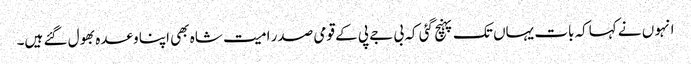
انہو ں نے کہاکہ بات یہاں تک پہنچ گئی کہ بی جے پی کے قومی صدر امیت شاہ بھی اپنا وعدہ بھول گئے ہیں۔